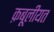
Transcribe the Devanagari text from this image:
क़बूलीयत